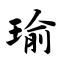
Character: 瑜